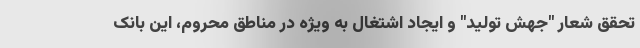
تحقق شعار "جهش تولید" و ایجاد اشتغال به ویژه در مناطق محروم، این بانک